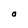
Character: O